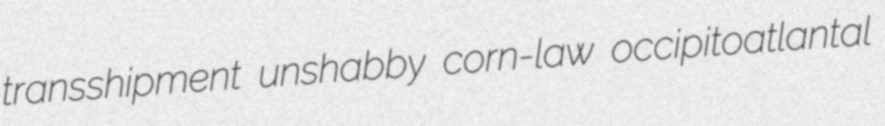
transshipment unshabby corn-law occipitoatlantal